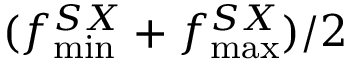
( f _ { \operatorname* { m i n } } ^ { S X } + f _ { \operatorname* { m a x } } ^ { S X } ) / 2